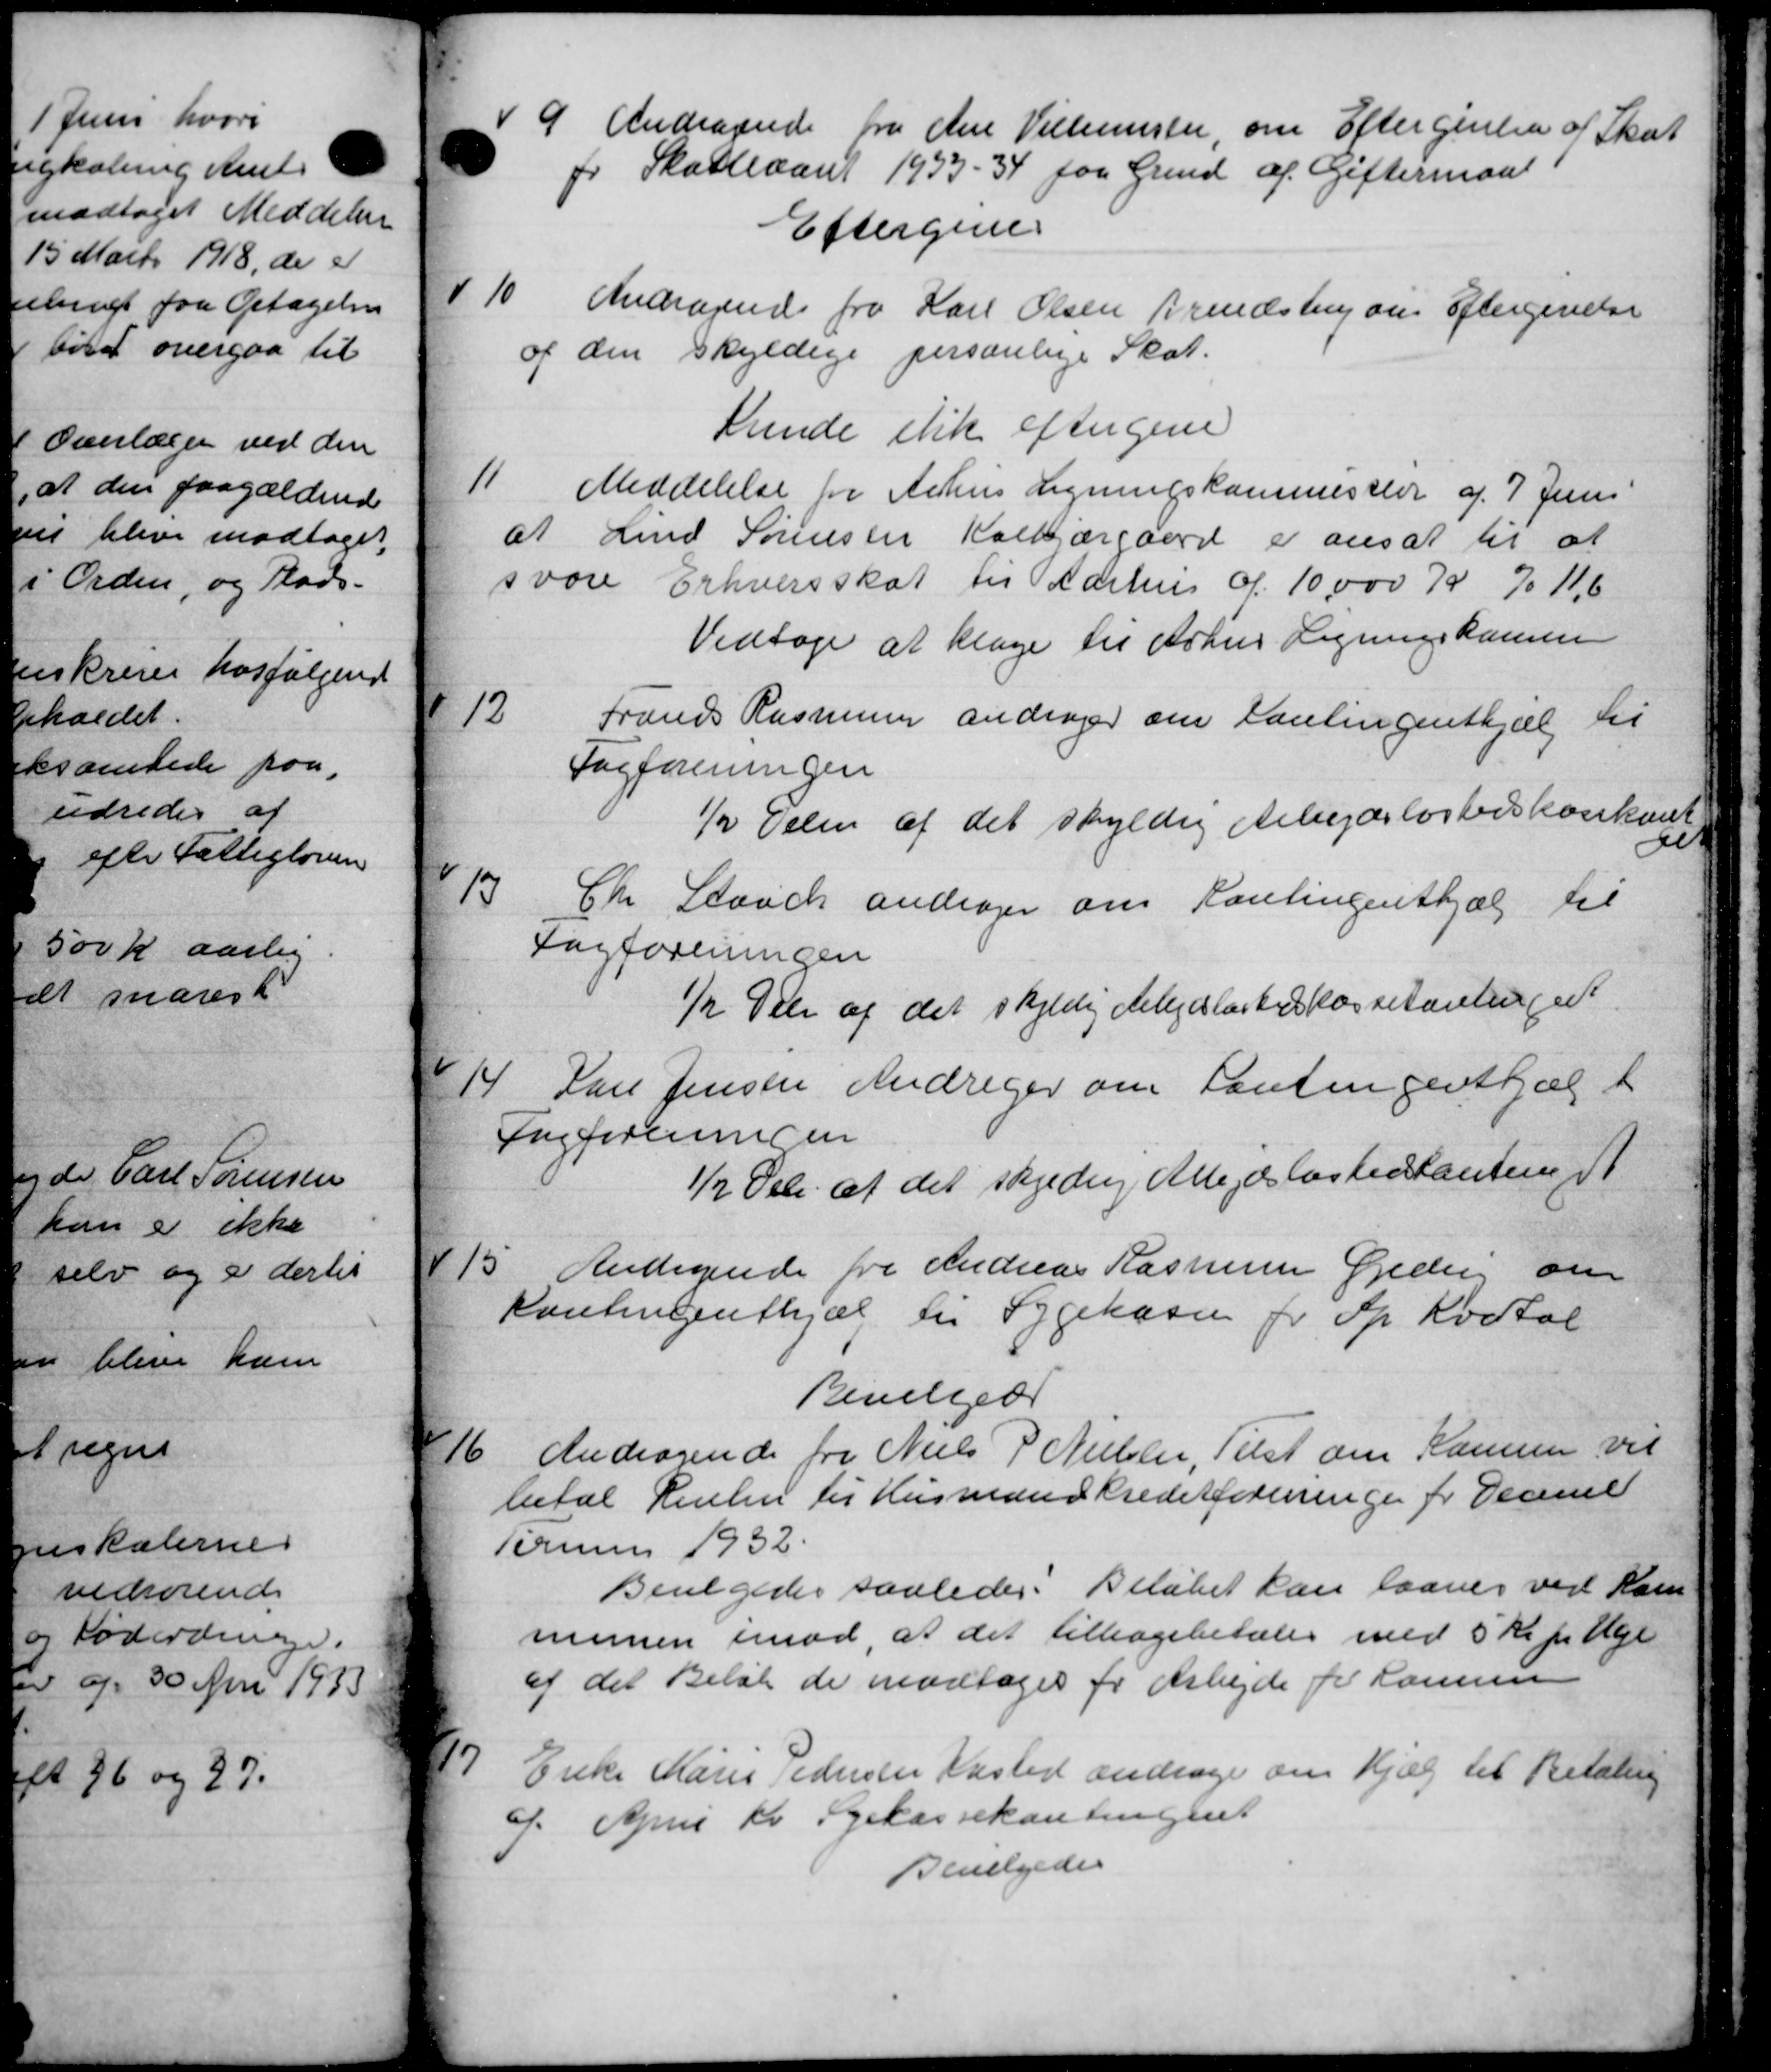
Transskription:
9.
Andragende fra Ane Villemster, om Eftergivelse af Skat
pr Skatteaaret 1933 - 34 paa Grund af Giftermand
Eftergive
10
Andragende fra Karl Olsen Brendsburg om Eftergivelse
af den skyldige personlige Skat.
kunde stik eftergive
11
Meddelelse for Århus Ligningskommessler af 7 Juni
af Knud Sørensen Kalkjærgaard er ansat til at
svare Erhvervsskat til Aarhus d. 10.000 K %11,6
Vedtage at klage til Århus Ligningskomme

Frands Rasmussen andrager om Kontingenthjælp til
Fagforeningen
½ Delen af det skyldig Arbejdsløshedskassekont
e

Chr. Staac andrager om Kontingenthjælp til
Fagforeningen
½ Dele af det skyldig Arbejdsløshedskassetantinger
14
Kan Jensen Andrager om Kontingenthalt
Sneforeningen
1 Opl. af det skredsig Allegdslastentanten St.
15.
Andragende fra Andreas Rasmussen Gjedvig om
Kontingenthjæl til Sygekassen for Op Kvartal
Bevilged
16
Andragende fra Niels P Nielsen, Tilst om Komme vil
betal Renten til Husmand Kreditforeningen for Deceme
Termin 1932
Bevilgedes saaledes. Beløbet kan laanes ved Kom
munen imod, at det tilbagebetales med 5 Kr pr Uge
af det Beløb de modtages for Arbejde for Hanne

Enke Marie Pedersen Kasted andrager om Hjælp til Betaling
9. April Kr Syekassekontingent
Bevilgedes